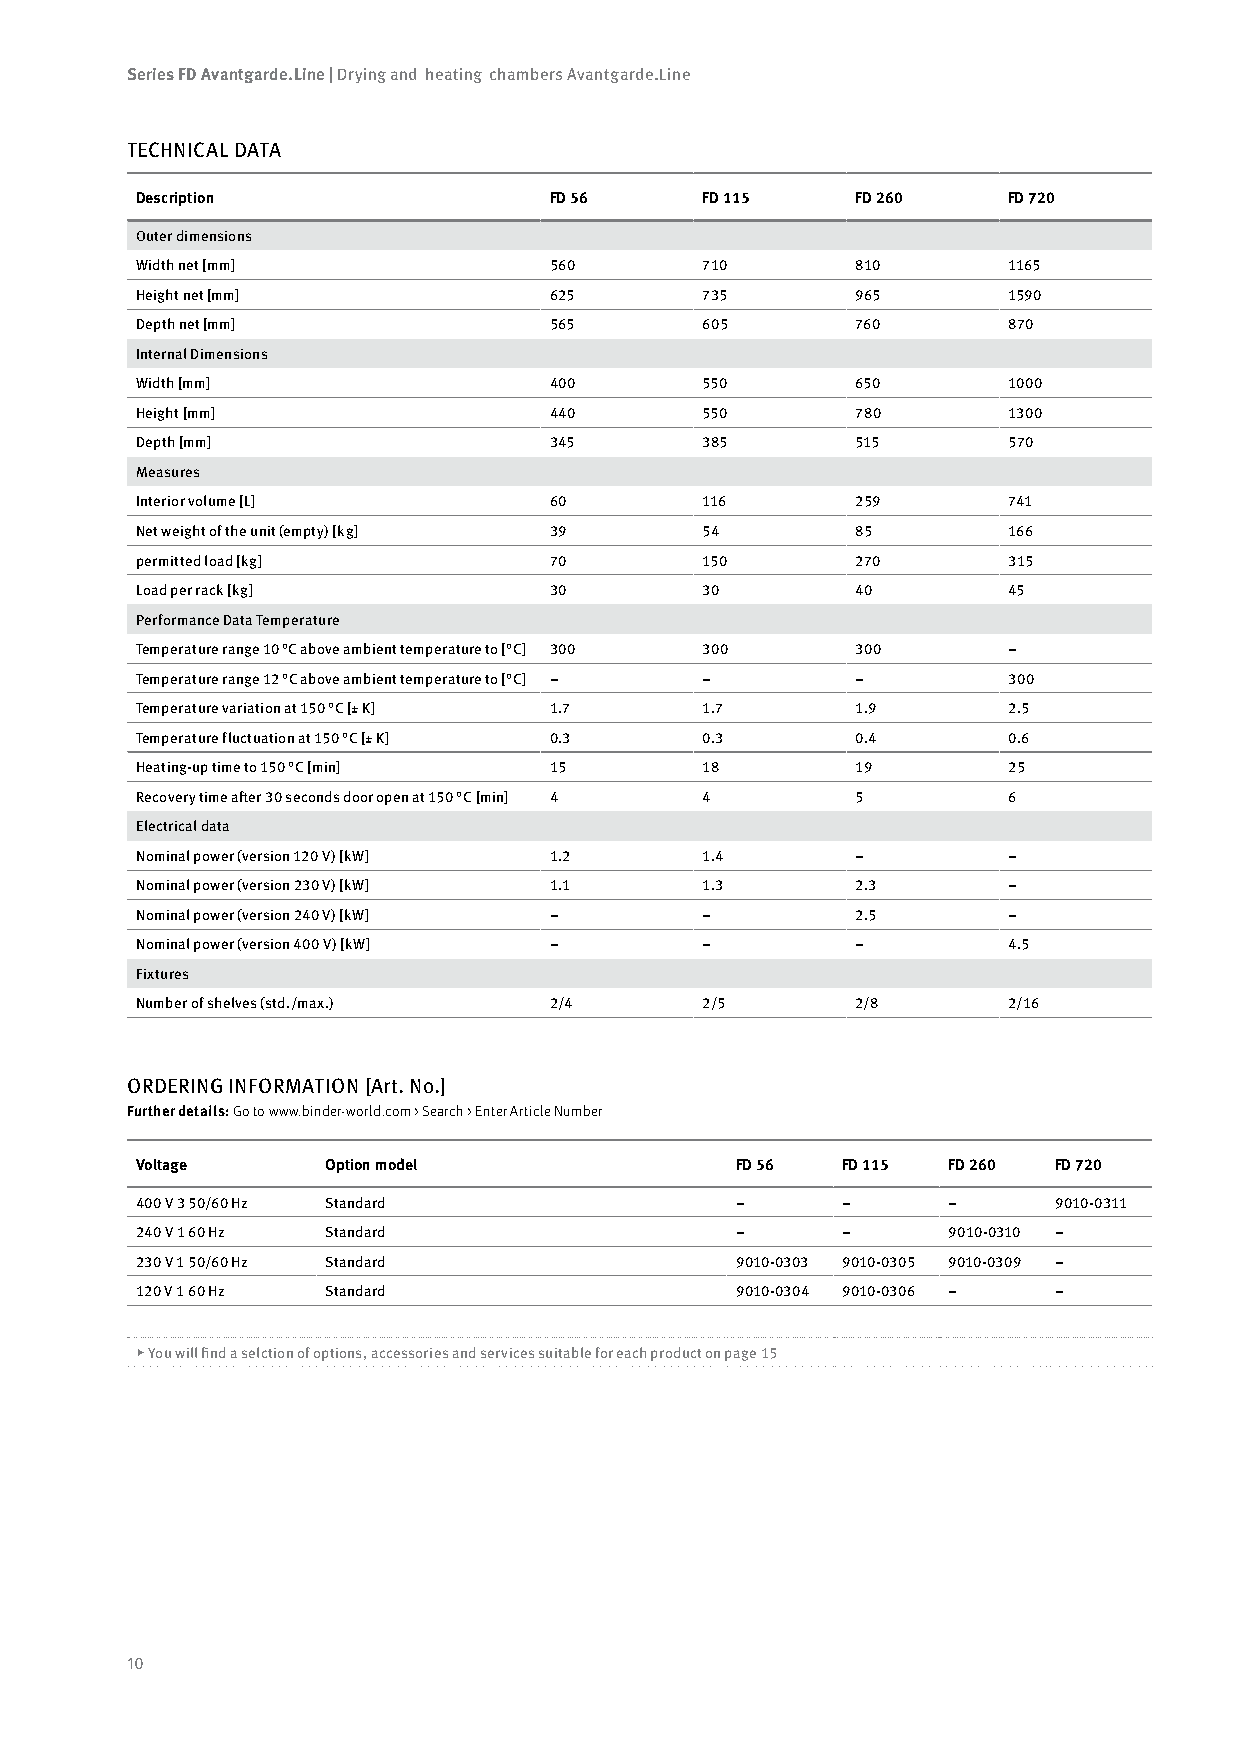
Series FD Avantgarde.Line | Drying and heating chambers Avantgarde.Line
 TECHNICAL DATA
 Description                FD 56     FD 115     FD 260    FD 720
 Outer dimensions
 Width net [mm]             560       710        810       1165
 Height net [mm]            625       735        965       1590
 Depth net [mm]             565       605        760       870
 Internal Dimensions
 Width [mm]                 400       550        650       1000
 Height [mm]                440       550        780       1300
 Depth [mm]                 345       385        515       570
 Measures
 Interior volume [L]        60        116        259       741
 Net weight of the unit (empty) [kg] 39 54       85        166
 permitted load [kg]        70        150        270       315
 Load per rack [kg]         30        30         40        45
 Performance Data Temperature
 Temperature range 10 °C above ambient temperature to [°C] 300 300 300 –
 Temperature range 12 °C above ambient temperature to [°C] – – – 300
 Temperature variation at 150 °C [± K] 1.7 1.7   1.9       2.5
 Temperature fluctuation at 150 °C [± K] 0.3 0.3 0.4       0.6
 Heating-up time to 150 °C [min] 15   18         19        25
 Recovery time after 30 seconds door open at 150 °C [min] 4 4 5 6
 Electrical data
 Nominal power (version 120 V) [kW] 1.2 1.4      –         –
 Nominal power (version 230 V) [kW] 1.1 1.3      2.3       –
 Nominal power (version 240 V) [kW] – –          2.5       –
 Nominal power (version 400 V) [kW] – –          –         4.5
 Fixtures
 Number of shelves (std./max.) 2/4    2/5        2/8       2/16
 ORDERING INFORMATION [Art. No.]
 Further details: Go to www.binder-world.com > Search > Enter Article Number
 Voltage      Option model               FD 56  FD 115 FD 260 FD 720
 400 V 3 50/60 Hz Standard               –      –      –      9010-0311
 240 V 1 60 Hz Standard                  –      –      9010-0310 –
 230 V 1 50/60 Hz Standard               9010-0303 9010-0305 9010-0309 –
 120 V 1 60 Hz Standard                  9010-0304 9010-0306 – –
 ▶ You will find a selction of options, accessories and services suitable for each product on page 15
 10